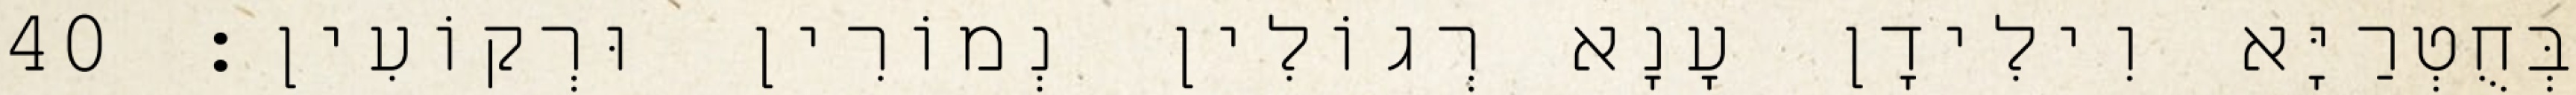
בְּחֻטְרַיָּא וִילִידָן עָנָא רְגוֹלִין נְמוֹרִין וּרְקוֹעִין׃ 40